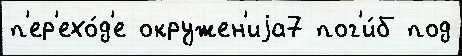
п'ер'ехо́д'е окружен'иjа7 пог'и́б под